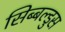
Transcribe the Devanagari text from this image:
सिब्बल्डुस